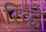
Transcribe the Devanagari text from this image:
रिव्ह्ने